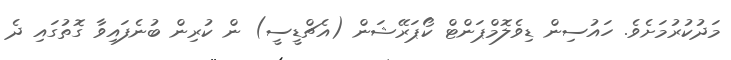
މަދުކުރުމަށެވެ. ހައުސިން ޑިވެލޮމްޕަންޓް ކޯޕަރޭޝަން (އެޗްޑީސީ) ން ކުރިން ބުނެފައިވާ ގޮތުގައި ދެ